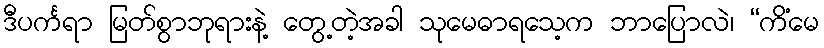
ဒီပင်္ကရာ မြတ်စွာဘုရားနဲ့ တွေ့တဲ့အခါ သုမေဓာရသေ့က ဘာပြောလဲ၊ “ကိံမေ